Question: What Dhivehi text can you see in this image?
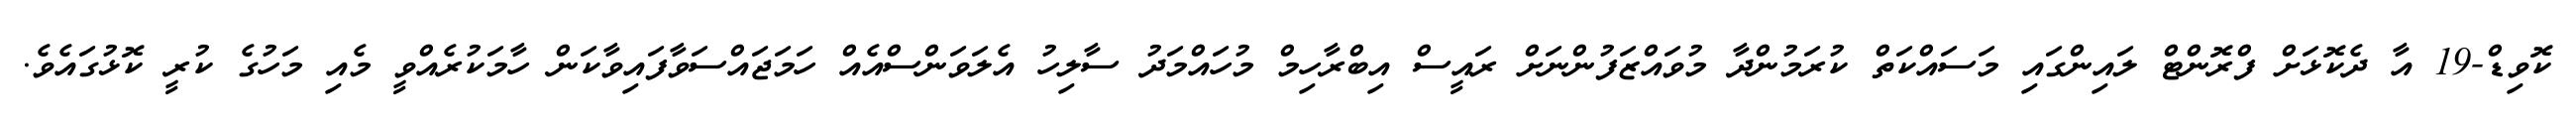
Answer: ކޮވިޑް-19 އާ ދެކޮޅަށް ފްރޮންޓް ލައިންގައި މަސައްކަތް ކުރަމުންދާ މުވައްޒަފުންނަށް ރައީސް އިބްރާހިމް މުހައްމަދު ސާލިހު އެލަވަންސްއެއް ހަމަޖައްސަވާފައިވާކަން ހާމަކުރެއްވީ މެއި މަހުގެ ކުރީ ކޮޅުގައެވެ.